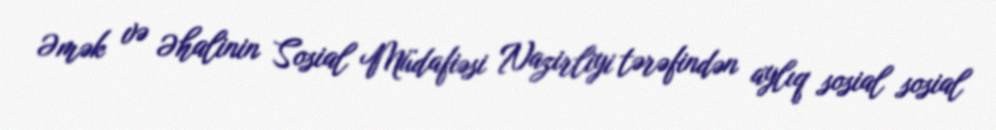
Əmək və Əhalinin Sosial Müdafiəsi Nazirliyi tərəfindən aylıq sosial sosial